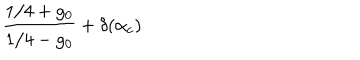
LaTeX: \frac { 1 / 4 + g _ { 0 } } { 1 / 4 - g _ { 0 } } + \delta ( \alpha _ { c } )